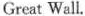
Great Wall.